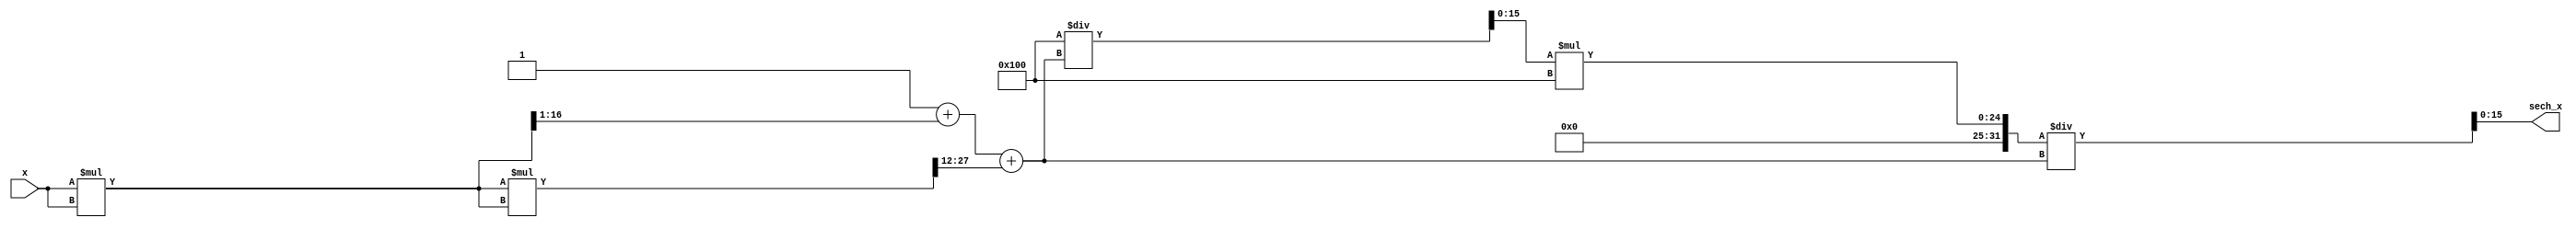
module hyperbolic_secant (
    input  wire [15:0] x,          // Input signal (fixed-point format)
    output wire [15:0] sech_x       // Output signal (sech(x), fixed-point format)
);

    // Internal signals
    wire [15:0] cosh_x;             // Intermediate cosh value
    wire [15:0] cosh_x_squared;
    
    // Parameters for fixed-point representation
    parameter FIXED_POINT_FRACTIONAL_BITS = 8;
    
    // Cosh calculation using Taylor series expansion
    // cosh(x) = 1 + x^2/2! + x^4/4! + x^6/6! + ... (truncated for simplicity)
    function [15:0] cosh;
        input [15:0] x_In;
        reg [31:0] x_square;         // Temporary to hold x^2
        begin
            x_square = x_In * x_In;  // x^2
            cosh = 16'h0001 + (x_square >> 1) + (x_square * x_square >> 12);  // + x^4/4! approx
            // Note: >>12 for division by 4! (24 = 2^4 * 6, with a shift for fixed-point)
        end
    endfunction

    // Reciprocal calculation using a simple iterative method
    // 1/cosh(x) using Newton-Raphson method
    function [15:0] reciprocal;
        input [15:0] value;
        reg [15:0] approx;
        begin
            approx = 16'h0001; // Initial approximation
            approx = approx * (2**FIXED_POINT_FRACTIONAL_BITS) / value; // Initial guess
            // Perform one iteration for better precision
            approx = approx * (2**FIXED_POINT_FRACTIONAL_BITS) / value; // Newton-Raphson step
            reciprocal = approx;
        end
    endfunction

    // Compute cosh(x)
    assign cosh_x = cosh(x);
    
    // Compute sech(x) = 1/cosh(x)
    assign sech_x = reciprocal(cosh_x);

endmodule